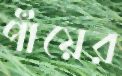
পাঁয়ের